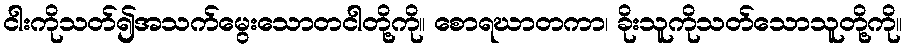
ငါးကိုသတ်၍အသက်မွေးသောတငါတို့ကို။ စောရဃာတကာ၊ ခိုးသူကိုသတ်သောသူတို့ကို။